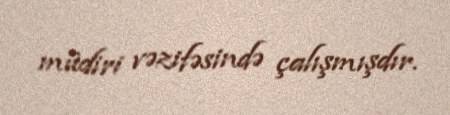
müdiri vəzifəsində çalışmışdır.